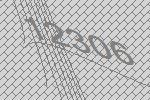
12306